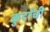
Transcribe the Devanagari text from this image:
कुर्दांची